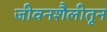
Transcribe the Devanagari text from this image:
जीवनशैलीतून